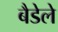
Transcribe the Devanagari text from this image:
बैडेले